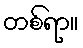
တစ်ရာ။